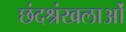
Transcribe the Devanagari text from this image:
छंदश्रंखलाओं